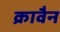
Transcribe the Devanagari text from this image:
क्रावैन